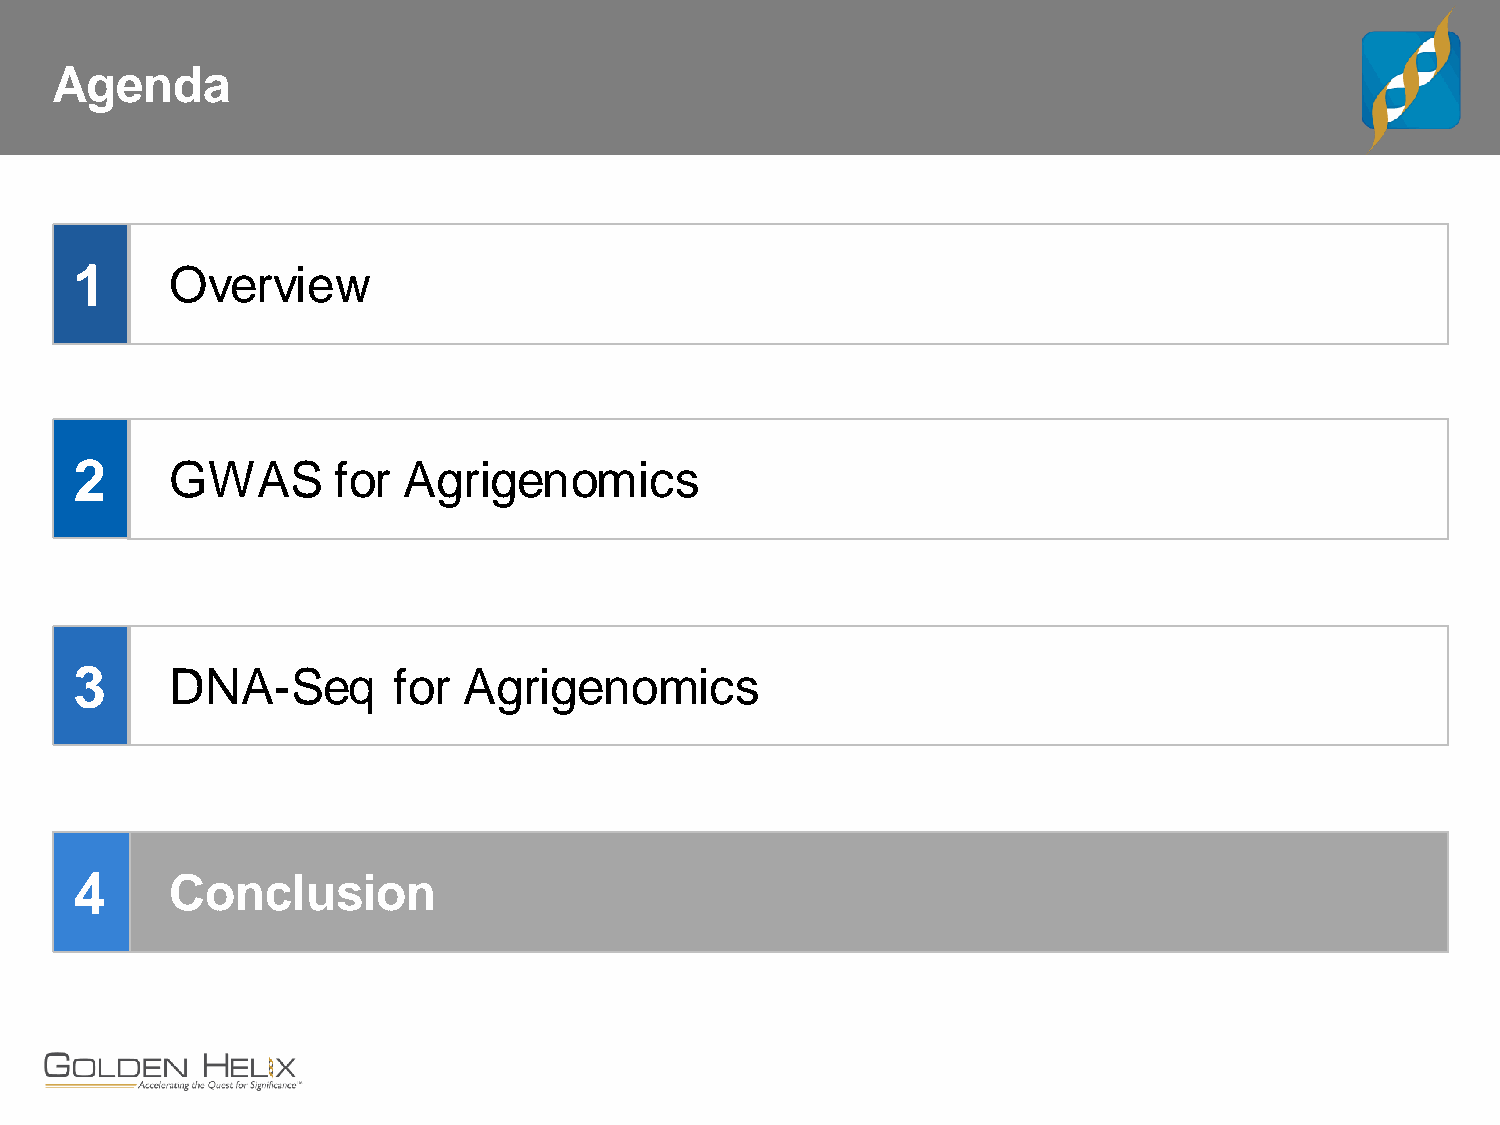
Agenda
 1     Overview
 2     GWAS       for  Agrigenomics
 3     DNA-Seq        for  Agrigenomics
 4     Conclusion